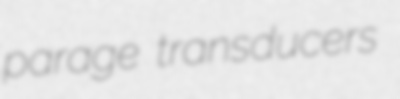
parage transducers